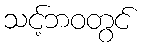
သင့်ဘဝတွင်